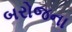
બરોજના